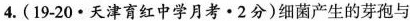
4.(19-20·天津育红中学月考·2分)细菌产生的芽孢与